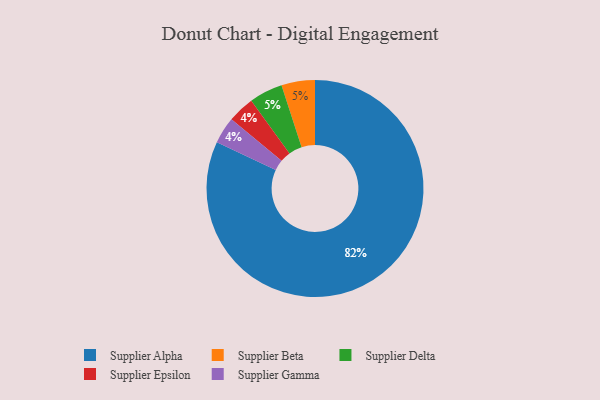
{"axis": {"x": "Category", "y": "Percentage"}, "legend": ["Supplier Alpha", "Supplier Beta", "Supplier Delta", "Supplier Epsilon", "Supplier Gamma"], "data": [{"x": "Supplier Beta", "y": 5, "type": "Supplier Beta"}, {"x": "Supplier Epsilon", "y": 4, "type": "Supplier Epsilon"}, {"x": "Supplier Gamma", "y": 4, "type": "Supplier Gamma"}, {"x": "Supplier Alpha", "y": 82, "type": "Supplier Alpha"}, {"x": "Supplier Delta", "y": 5, "type": "Supplier Delta"}]}